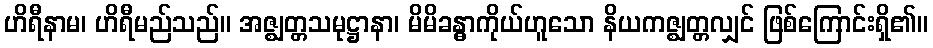
ဟိရီနာမ၊ ဟိရီမည်သည်။ အဇ္ဈတ္တသမုဋ္ဌာနာ၊ မိမိခန္ဓာကိုယ်ဟူသော နိယကဇ္ဈတ္တလျှင် ဖြစ်ကြောင်းရှိ၏။